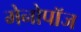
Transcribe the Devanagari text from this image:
मेनोपॉज